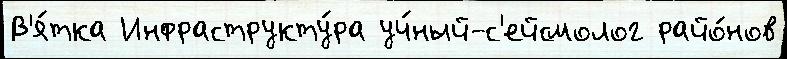
В'я́тка Инфраструкту́ра уч́ный-с'ейсмолог райо́нов